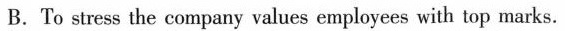
B.To stress the company values employees with top marks.